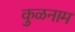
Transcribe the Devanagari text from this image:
कुळनाम